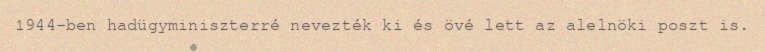
1944-ben hadügyminiszterré nevezték ki és övé lett az alelnöki poszt is.